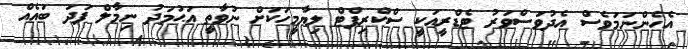
އެހެންނަމަވެސް އެދުވަސްވަރު ޓެޑްރީއަކީ ސްކްރިޕްޓް ލިޔާމީހަކަށް ނުވާތީ އަޙުމަދު ނިމާލް ފަދަ ބައެއް